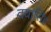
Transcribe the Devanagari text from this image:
दयासिंह